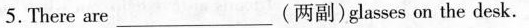
5. There are ___ (两副)glasses on the desk.